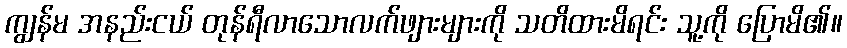
ကျွန်မ အနည်းငယ် တုန်ရီလာသောလက်ဖျားများကို သတိထားမိရင်း သူ့ကို ပြောမိ၏။